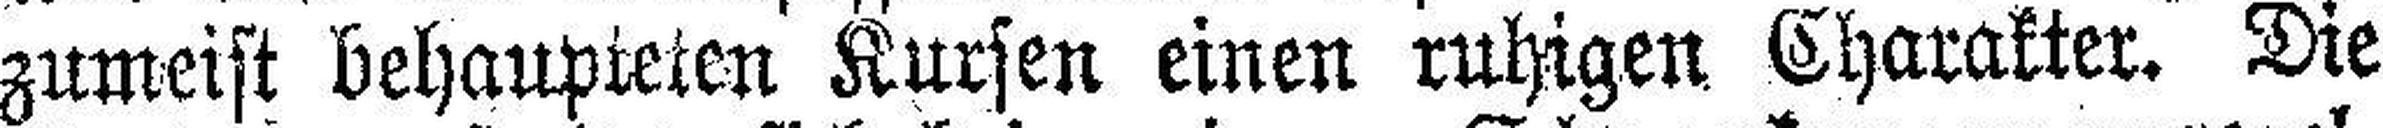
zumeist behaupieten Kursen einen ruhigen Charakter. Die